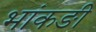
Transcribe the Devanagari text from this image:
भांकङी